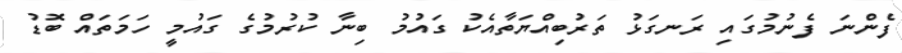
ފެންނަ ފެނުމުގައި ރަނގަޅު ތަރުބިއްޔަތާއެކު ގައުމު ބިނާ ކުރުމުގެ ގައުމީ ހަމަތައް ބޮޑު